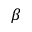
\beta